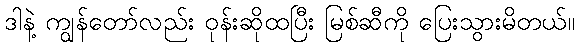
ဒါနဲ့ ကျွန်တော်လည်း ဝုန်းဆိုထပြီး မြစ်ဆီကို ပြေးသွားမိတယ်။